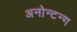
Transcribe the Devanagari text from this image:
अनोन्टन्ग